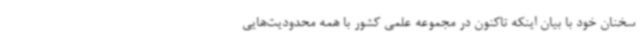
سخنان خود با بیان اینکه تاکنون در مجموعه علمی کشور با همه محدودیت‌هایی